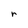
Character: r